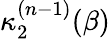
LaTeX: \kappa_{2}^{(n-1)}(\beta)